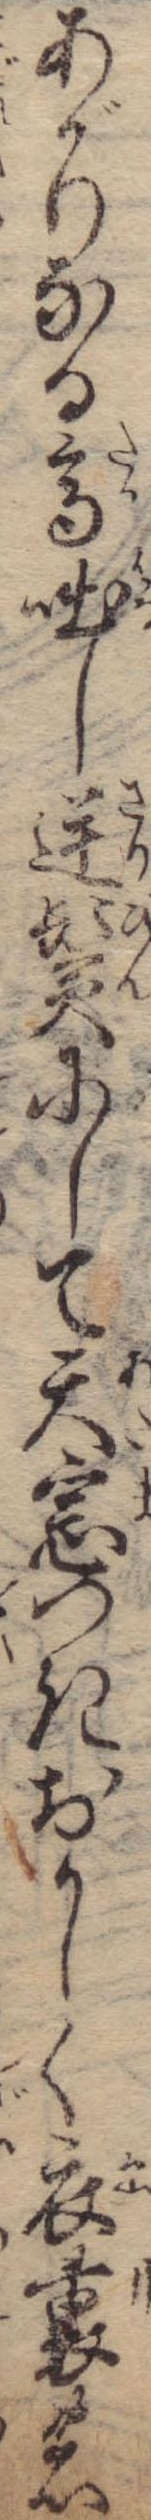
あがりなる高咄し逆鬢にして天窓つきおかしく衣裏の